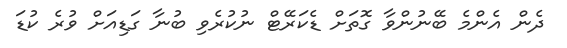
ދެން އެންމެ ބޭނުންވާ ގޮތަށް ޑެކަރޭޓް ނުކުރެވި ބުނާ ގަޑިއަށް ވުރެ ކުޑަ